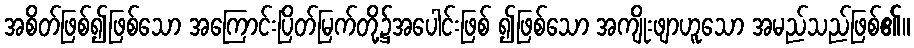
အစိတ်ဖြစ်၍ဖြစ်သော အကြောင်းပြိတ်မြက်တို့၌အပေါင်းဖြစ် ၍ဖြစ်သော အကျိုးဖျာဟူသော အမည်သည်ဖြစ်၏။